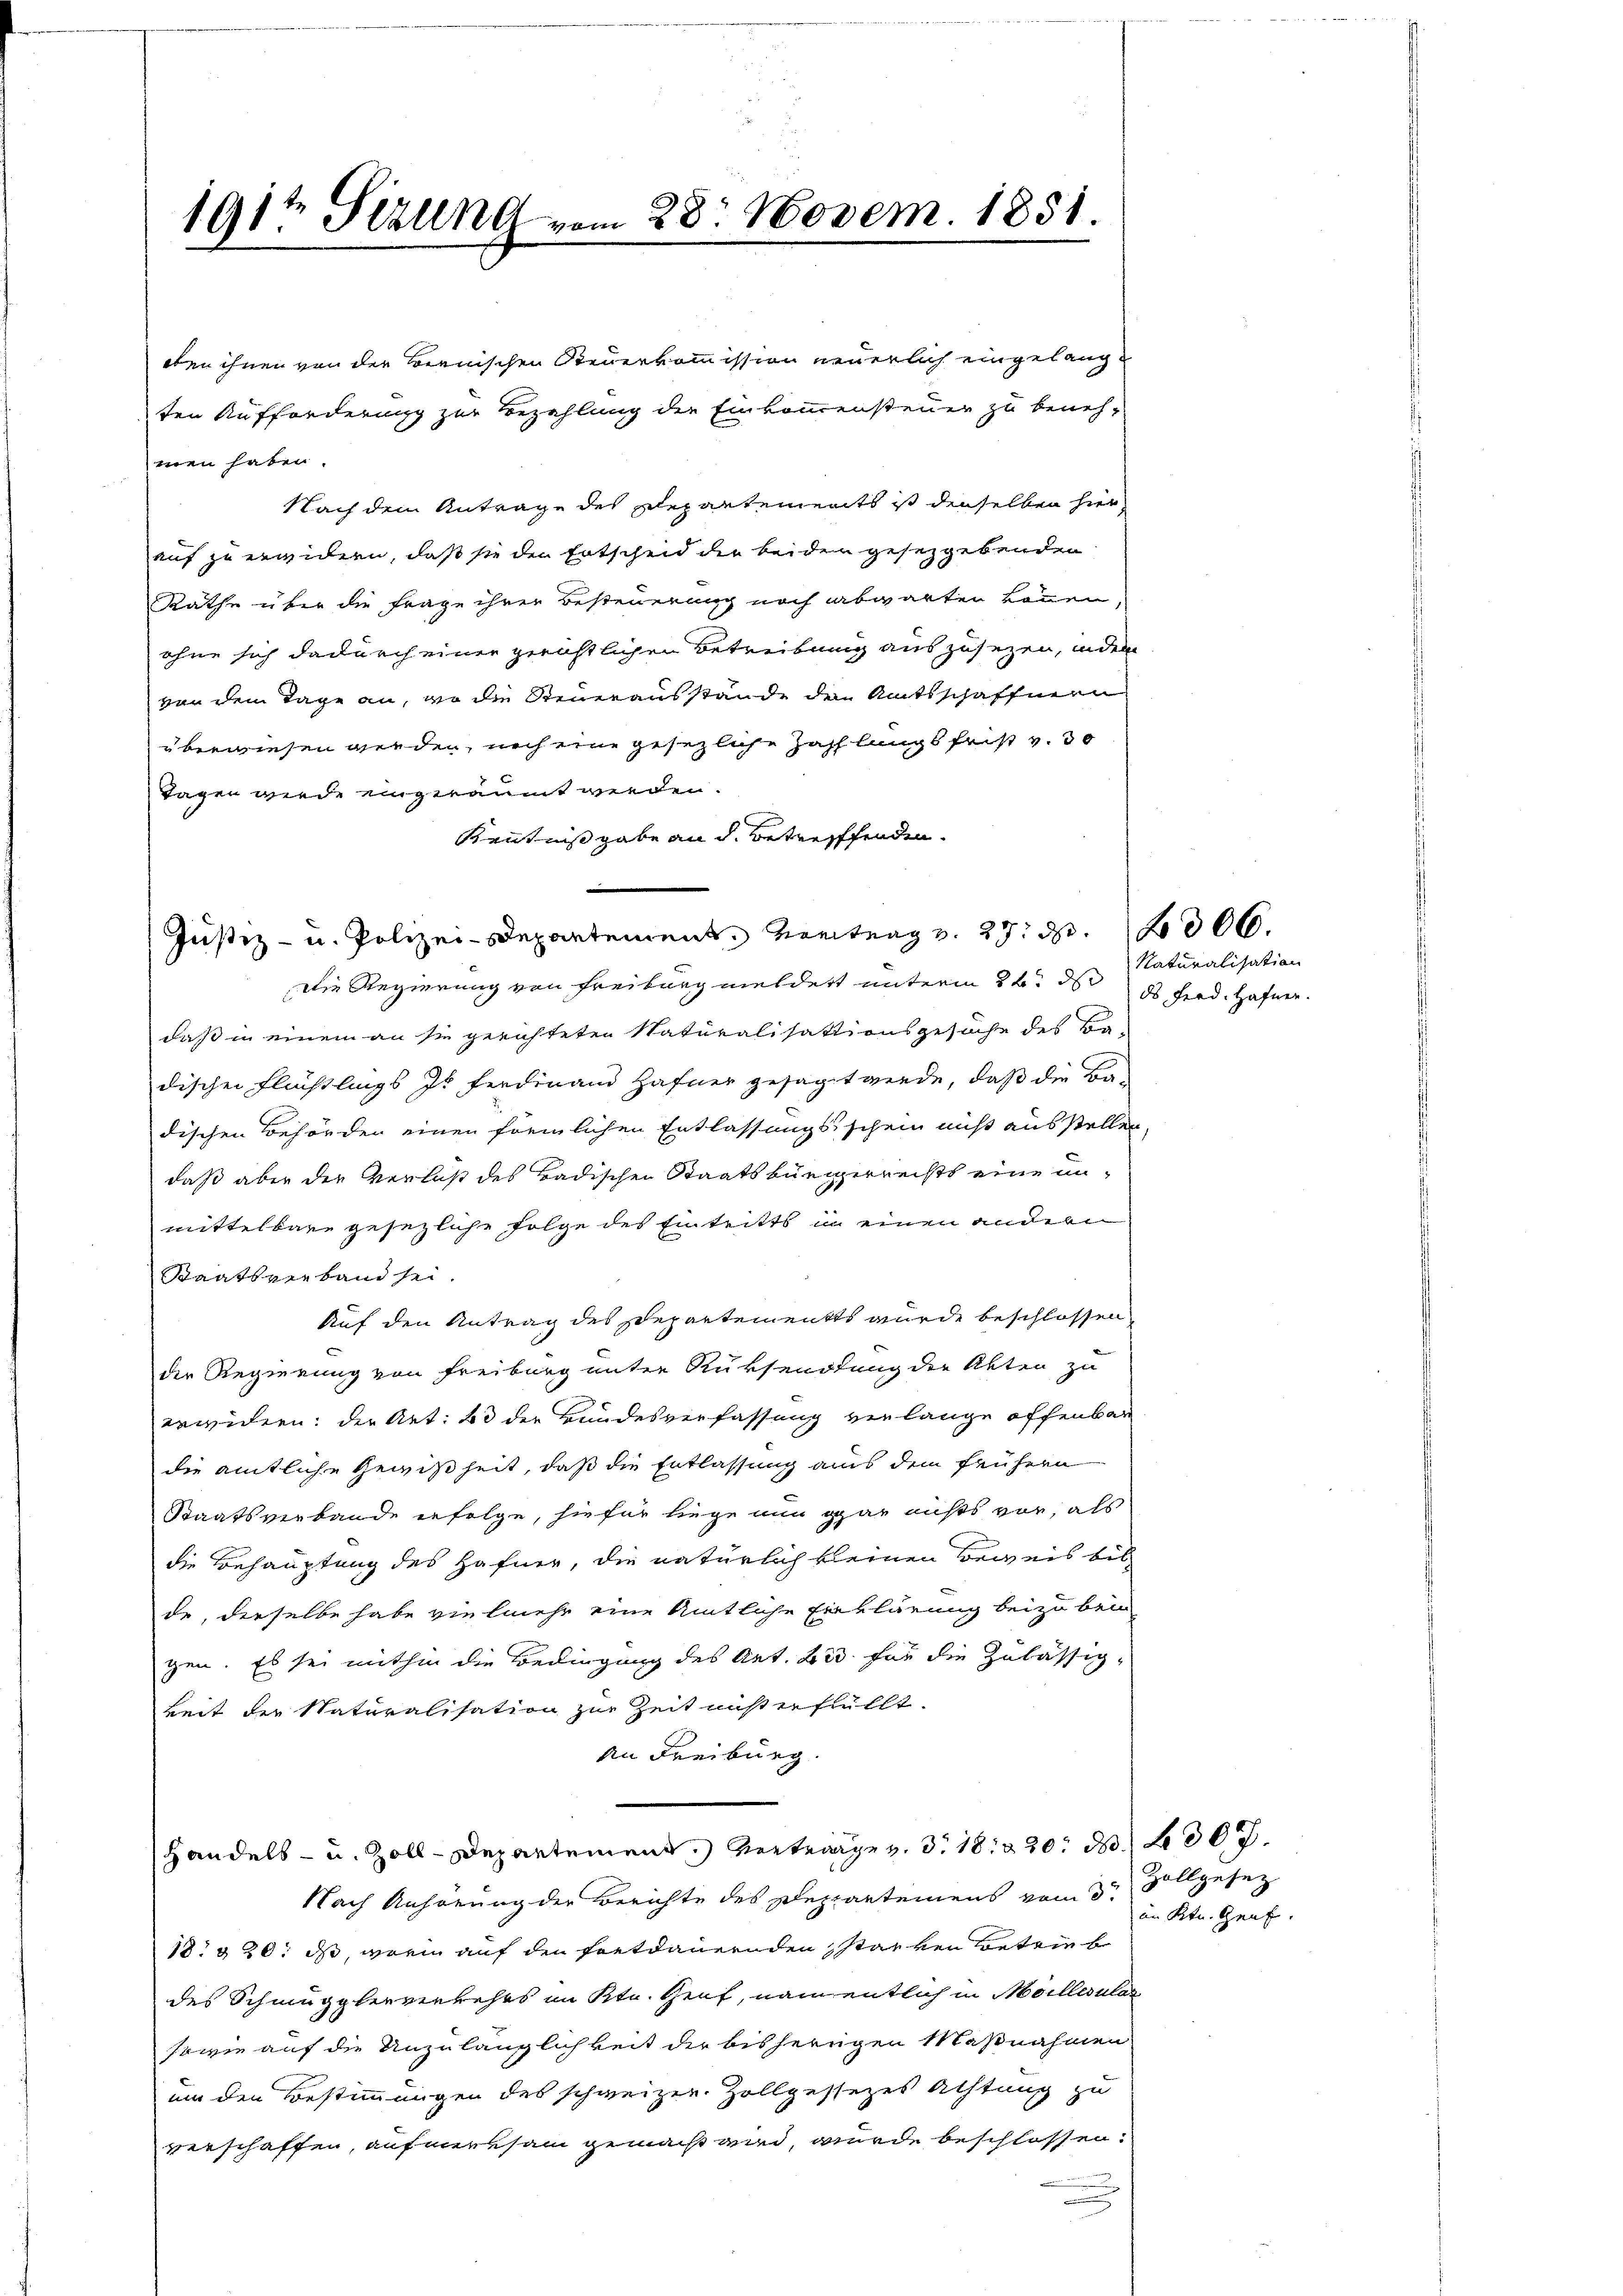
oben ihnen von der Bernischen Steuerkommission neuerlich eingelangten Aufforderung zur Bezahlung die Einkommensteuer zu benehmen haben.
Nach dem Antrage des Departements ist denselben hier
auf zu erwidern, daß sie der Entscheid der beiden gesetzgebenden
Rathe über die Frage ihrer Besteuerung noch abwarten können,
ohne sich dadurch einer gerichtlichen Betreibung auszusetzen, indem
von dem Tage an, wo die Steuerausstände den Amtsschaffnern
überwiesen werden, noch eine gesezliche Zahlungsfrist v. 30
Tagen werde eingeräumt werden.
Kenntnißgabe an d. Betreffenden.
Justiz- u. Polizei-Departement Vortrag v. 27. d. 306.
Die Regierung von Freiburg meldert unterm 22. d
daß in einem an sie gerichteten Naturalisationsgesuche des B
dischen Flüchtlings Is Ferdinand Hafner gesagt werde, daß die Ba-
dischen Behörden einen förmlichen Entlassungsschein nicht ausstellen,
daß aber der Verlaß des Badischen Staatsbürgerrechts eine unmittelbare gesezliche Folge des Eintritts in einen andern
Staatsverband sei.
Auf den Antrag des Departements wurde beschlossen
der Regierung von Freiburg unter Rüksendung der Akten zu
erwidern: der Art. 23 der Bundesverfassung verlange offenbar
die amtliche Gewißheit, daß die Entlassung aus dem frühern
Staatsverbande erfolge, hiefür liege nun gar nichts vor, als
die Behauptung des Hafner, die natürlich keinen Beweis bis
de, derselbe habe vielmehr eine Amtliche Einklärung beizubein
gen. Es sei mithin die Bedingung des Art. 233 für die Zulässigkeit der Naturalisation zur Zeit nisterfüllt.
An Freiburg.
Handels- u. Zoll-Departement. Vertrage v. 318. 320. d. 307.
Nach Anhörung der Berichte des Deppartemens vom 3ten Vollgesez
18 § 20. ds, worin auf den Fortdauernden starken Betrieb
des Schmugglerverkehrs im Ktn. Genf, namentlich in Möllerular
sowie auf die Unzulänglichkeit der bisherigen Maßnahmen
um den Bestimmungen des schweizer Zollgesezes Achtung zu
verschaffen, aufmerksam gemacht wird, wurde beschlossen:

191t Sizung vom 28. Novem. 1851.
e

Naturalisation
ds Ferd. Hafner.

im Kt. Zauf.